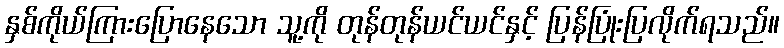
နှစ်ကိုယ်ကြားပြောနေသော သူ့ကို တုန်တုန်ယင်ယင်နှင့် ပြန်ပြုံးပြလိုက်ရသည်။